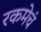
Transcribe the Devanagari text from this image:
रकमेचं